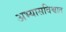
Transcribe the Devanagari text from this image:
अभ्यासविश्वात